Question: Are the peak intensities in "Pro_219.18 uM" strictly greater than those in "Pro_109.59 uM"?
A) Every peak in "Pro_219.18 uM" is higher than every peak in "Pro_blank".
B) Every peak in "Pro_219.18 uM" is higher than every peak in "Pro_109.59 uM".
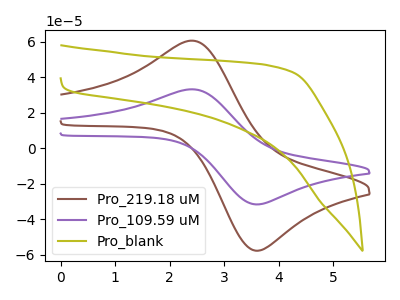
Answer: <think>The brown curve "Pro_219.18 uM" has an anodic peak at (2.40V, 60.75uA) and a cathodic peak at (3.60V, -57.85uA). The purple curve "Pro_109.59 uM" has an anodic peak at (2.40V, 33.30uA) and a cathodic peak at (3.60V, -31.70uA). The olive curve "Pro_blank" has no peaks.</think>
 <answer>B) Every peak in "Pro_219.18 uM" is higher than every peak in "Pro_109.59 uM".</answer>
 <eval>B</eval>